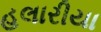
હલારીયા